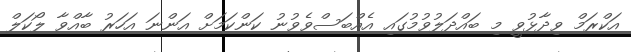
އަކްރަމް ވިދާޅުވީ މި ބައްދަލުވުމުގައި އެއްބަސްވެވުނު ކަންކަމަށް އަންނަ އަހަރު ބާއްވާ ލޯކަލް